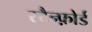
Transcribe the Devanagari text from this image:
स्टैन्फ़ोर्ड